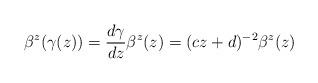
LaTeX: \begin{align*}\beta^z(\gamma(z)) = \frac{d\gamma}{dz} \beta^z(z) = (cz + d)^{-2}\beta^z(z)\end{align*}